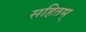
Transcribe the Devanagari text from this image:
सहितम्